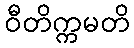
ဝီတိက္ကမတိ